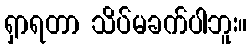
ရှာရတာ သိပ်မခက်ပါဘူး။